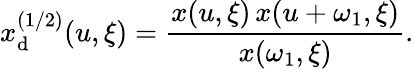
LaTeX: x_{\mathrm{d}}^{(1/2)}(u,\xi)={\frac{{x(u,\xi)\, x(u+\omega_{1},\xi)}}{{x(\omega_{1},\xi)}}}.